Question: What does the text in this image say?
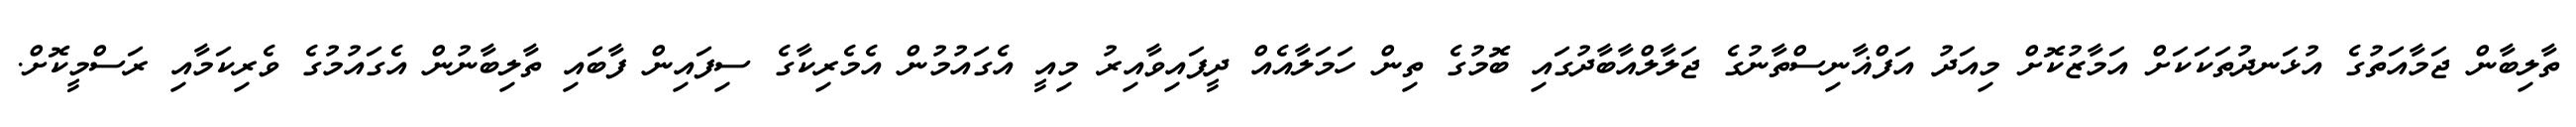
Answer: ތާލިބާން ޖަމާއަތުގެ އުޅަނދުތަކަކަށް އަމާޒުކޮށް މިއަދު އަފްޣާނިސްތާނުގެ ޖަލާލްއާބާދުގައި ބޮމުގެ ތިން ހަމަލާއެއް ދީފައިވާއިރު މިއީ އެގައުމުން އެމެރިކާގެ ސިފައިން ފާބައި ތާލިބާނުން އެގައުމުގެ ވެރިކަމާއި ރަސްމީކޮށް.